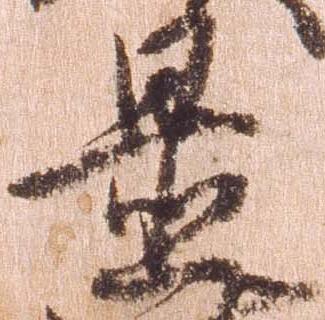
置